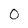
Character: O